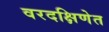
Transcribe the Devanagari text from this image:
वरदक्षिणेत